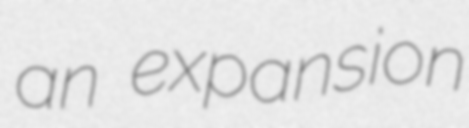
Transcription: an expansion